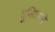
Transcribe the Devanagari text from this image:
यूनिवर्समें